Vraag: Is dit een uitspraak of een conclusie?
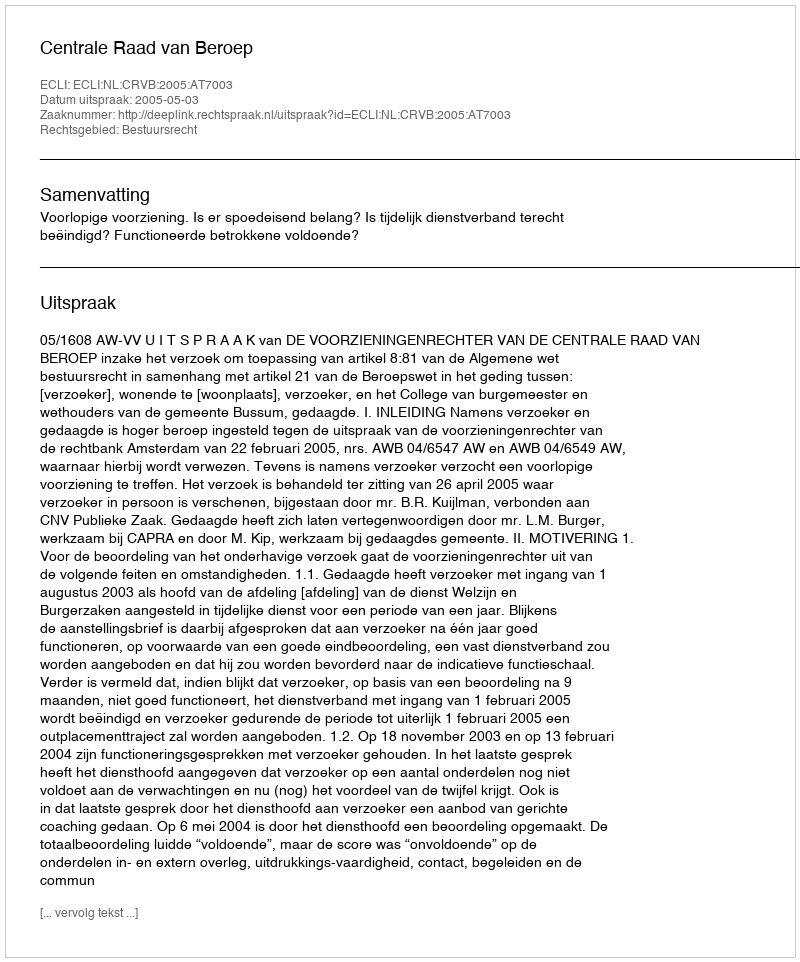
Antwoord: Uitspraak